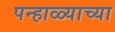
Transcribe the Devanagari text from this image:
पन्हाळ्याच्या